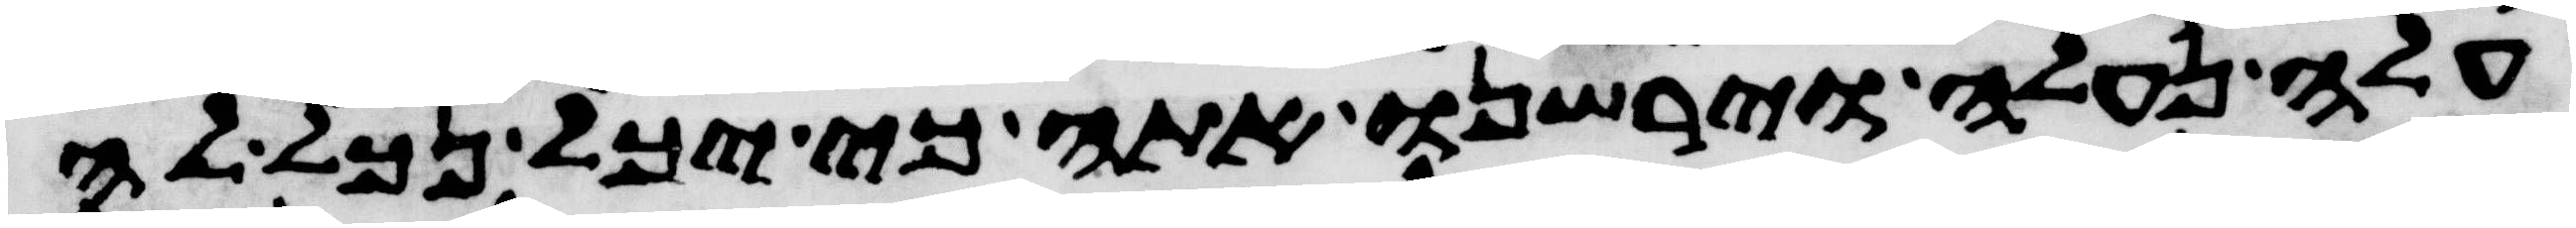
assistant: עלה נעלה וירשנו אתה כי יכל נכל לה